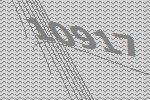
10917